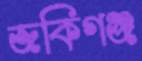
জকিগঞ্জ